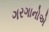
ગરગાનોએ